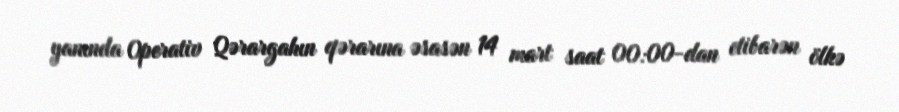
yanında Operativ Qərargahın qərarına əsasən 14 mart saat 00:00-dan etibarən ölkə